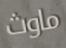
ماوث